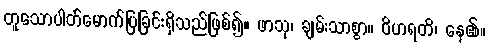
တူသောပါတ်မောက်ပြခြင်းရှိသည်ဖြစ်၍။ ဖာသု၊ ချမ်းသာစွာ။ ဝိဟရတိ၊ နေ၏။